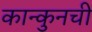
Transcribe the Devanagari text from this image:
कान्कुनची